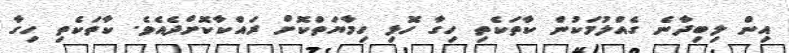
އިން ލިބިދާނެ ގެއްލުމަކުން ކާތަކެތި ހިގާ ހޮޅި ހިމާޔަތްކޮށް ރައްކާކޮށްދެއެވެ. ކާތަކެތި ހިގާ